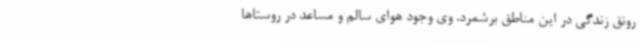
رونق زندگی در این مناطق برشمرد. وی وجود هوای سالم و مساعد در روستاها